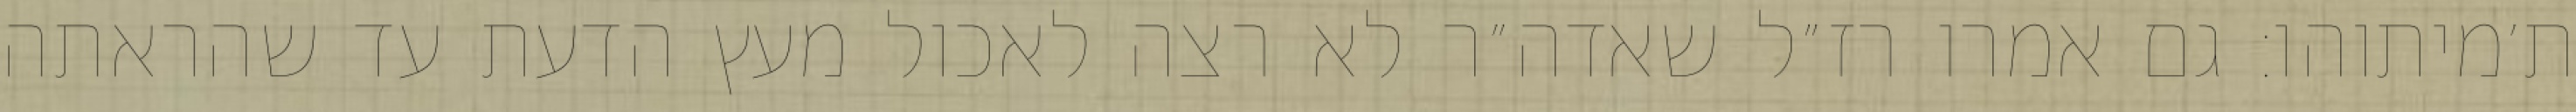
ת׳מיתוהו: גם אמרו רז״ל שאדה״ר לא רצה לאכול מעץ הדעת עד שהראתה